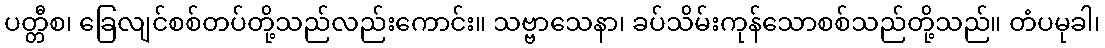
ပတ္တီစ၊ ခြေလျင်စစ်တပ်တို့သည်လည်းကောင်း။ သဗ္ဗာသေနာ၊ ခပ်သိမ်းကုန်သောစစ်သည်တို့သည်။ တံပမုခါ၊